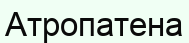
Атропатена